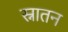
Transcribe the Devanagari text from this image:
स्नातन